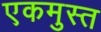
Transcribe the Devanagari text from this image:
एकमुस्त